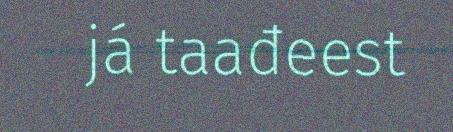
já taađeest